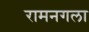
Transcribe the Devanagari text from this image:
रामनगला